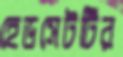
হেডসেটটির